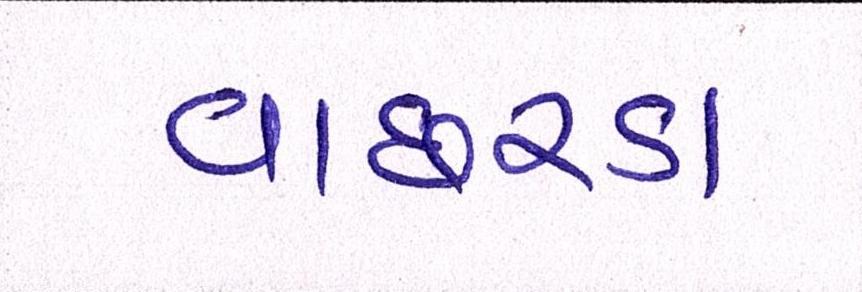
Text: વાછરડા